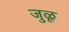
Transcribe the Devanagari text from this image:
जुळू